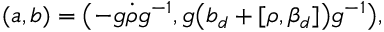
( a , b ) = \bigl ( - g \dot { \rho } g ^ { - 1 } , g \bigl ( b _ { d } + [ \rho , \beta _ { d } ] \bigr ) g ^ { - 1 } \bigr ) ,